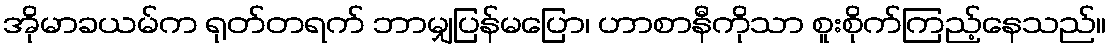
အိုမာခယမ်က ရုတ်တရက် ဘာမျှပြန်မပြော၊ ဟာစာနီကိုသာ စူးစိုက်ကြည့်နေသည်။